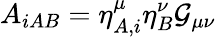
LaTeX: A_{iAB}=\eta_{A,i}^{\mu}\eta_{B}^{\nu}{\cal G}_{\mu\nu}